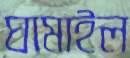
ঘামাইল